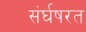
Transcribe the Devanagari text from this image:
संर्घषरत